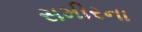
સમીરના